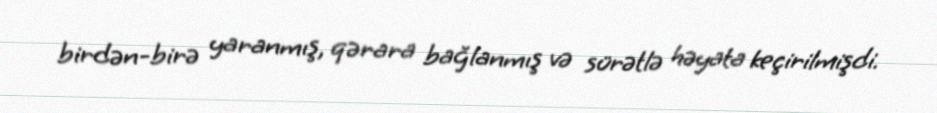
birdən-birə yaranmış, qərara bağlanmış və sürətlə həyata keçirilmişdi.